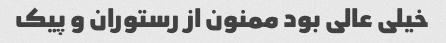
خیلی عالی بود ممنون از رستوران و پیک